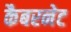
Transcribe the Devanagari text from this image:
कैबरनेट